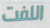
اللفت